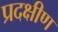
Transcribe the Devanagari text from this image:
प्रदक्षीण